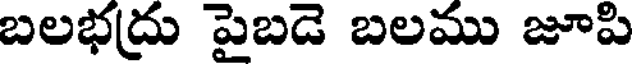
బలభద్రు పైబడె బలము జూపి